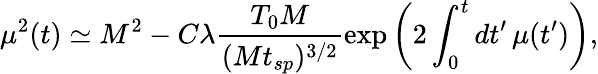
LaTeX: \mu^{2}(t)\simeq M^{2}-C\lambda\frac{T_{0}M}{(Mt_{sp})^{3/2}}\exp\bigg(2\int_{0}^{t}dt^{\prime}\, \mu(t^{\prime})\bigg),